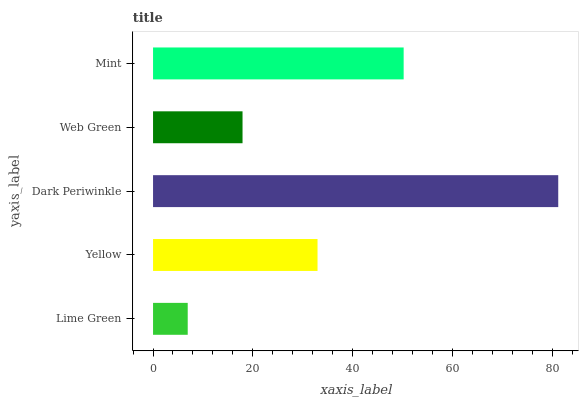
| yaxis_label | bars |
 | --- | --- |
 | Lime Green | 6.95 |
 | Yellow | 33 |
 | Dark Periwinkle | 81.2 |
 | Web Green | 17.9 |
 | Mint | 50.2 |